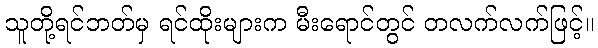
သူတို့ရင်ဘတ်မှ ရင်ထိုးများက မီးရောင်တွင် တလက်လက်ဖြင့်။